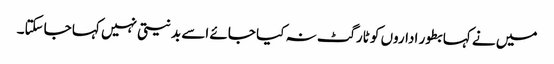
میں نے کہا بطور اداروں کو ٹارگٹ نہ کیا جائے اسے بدنیتی نہیں کہا جاسکتا۔